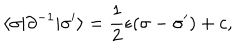
\langle \sigma | \partial ^ { - 1 } | \sigma ^ { \prime } \rangle = \frac { 1 } { 2 } \epsilon ( \sigma - \sigma ^ { \prime } ) + c ,